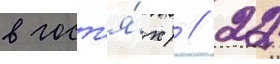
в гост'я́х) // 22